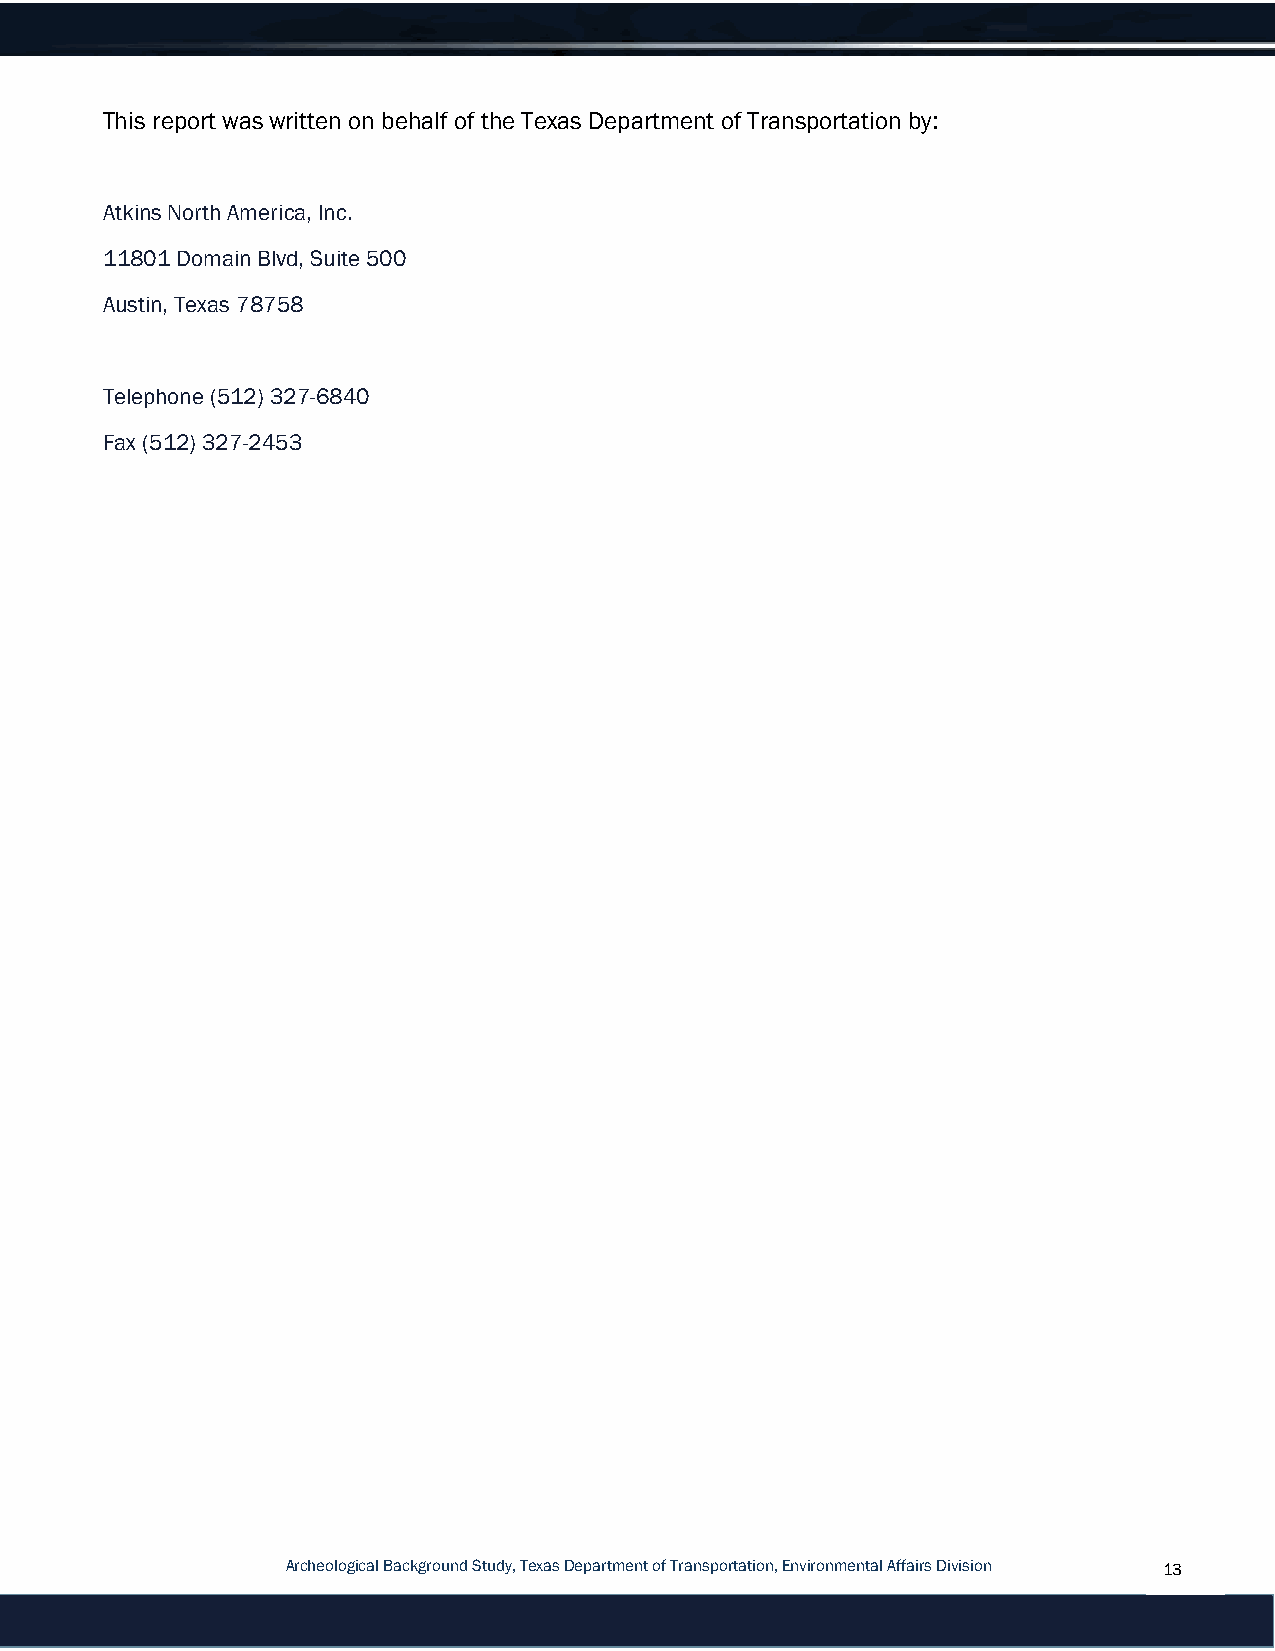
This report was written on behalf of the Texas Department of Transportation by:
 Atkins North America, Inc.
 11801 Domain Blvd, Suite 500
 Austin, Texas 78758
 Telephone (512) 327-6840
 Fax (512) 327-2453
 Archeological Background Study, Texas Department of Transportation, Environmental Affairs Division 13 13
 13
 Archeological Resources Report, Texas Department of Transportation, Environmental Affairs
 Division